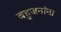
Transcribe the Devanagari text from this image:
बहुजनांना